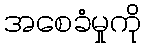
အစေခံမှုကို